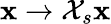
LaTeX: \mathbf{x}\rightarrow\mathcal{{X}}_{s}{\mathbf{x}}